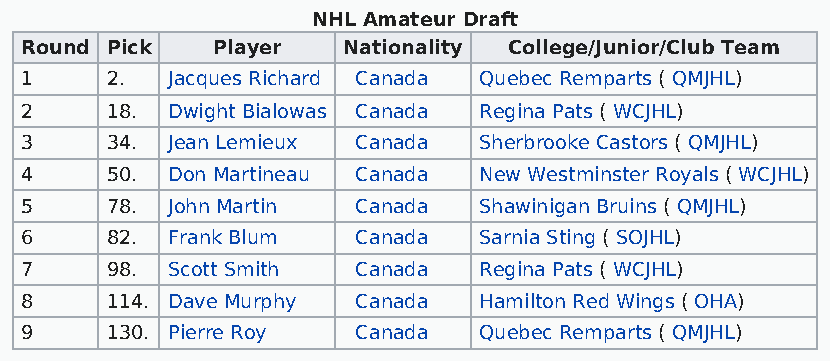
NHL Amateur Draft
 Round Pick   Player   Nationality College/Junior/Club Team
 1     2.  Jacques Richard Canada Quebec Remparts ( QMJHL)
 2     18. Dwight Bialowas Canada Regina Pats ( WCJHL)
 3     34. Jean Lemieux Canada  Sherbrooke Castors ( QMJHL)
 4     50. Don Martineau Canada New Westminster Royals ( WCJHL)
 5     78. John Martin  Canada  Shawinigan Bruins ( QMJHL)
 6     82. Frank Blum   Canada  Sarnia Sting ( SOJHL)
 7     98. Scott Smith  Canada  Regina Pats ( WCJHL)
 8     114. Dave Murphy Canada  Hamilton Red Wings ( OHA)
 9     130. Pierre Roy  Canada  Quebec Remparts ( QMJHL)